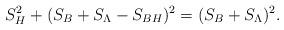
LaTeX: \begin{align*}S^2_H+(S_B+S_{\Lambda}-S_{BH})^2=(S_B+S_{\Lambda})^2.\end{align*}